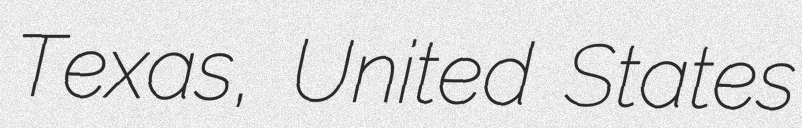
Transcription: Texas, United States